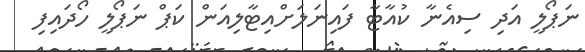
ނަޕޯލީ އަދި ސިއެނާ ކުއާޓާ ފައިނަލަށްއިޓާލިއަން ކަޕް ނަޕޯލީ ހޯދައިފި